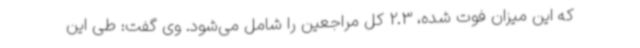
که این میزان فوت شده، 2.3 کل مراجعین را شامل می‌شود. وی گفت: طی این